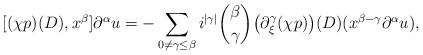
\begin{align*}[(\chi p)(D),x^\beta]\partial^\alpha u=-\sum_{0\not=\gamma\leq\beta}i^{|\gamma|}\binom{\beta}{\gamma}\big(\partial^\gamma_\xi (\chi p)\big)(D)(x^{\beta-\gamma}\partial^\alpha u),\end{align*}